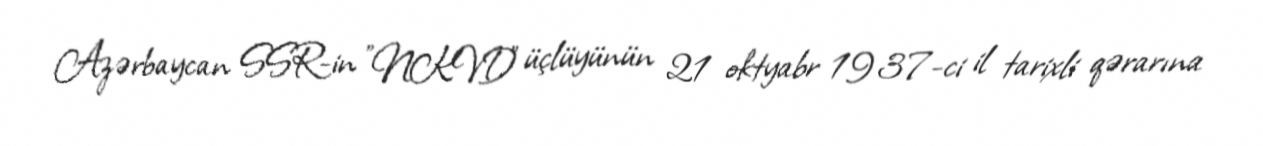
Azərbaycan SSR-in "NKVD" üçlüyünün 21 oktyabr 1937-ci il tarixli qərarına